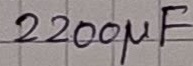
Text: 2200µF